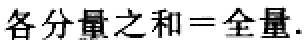
各分量之和=全量.